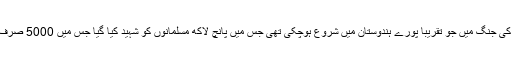
اس 18 57 کی جنگ میں جو تقریباّ پورے ہندوستان میں شروع ہوچکی تھی جس میں پانچ لاکھ مسلمانوں کو شہید کیا گیا جس میں 5000 صرف علماء تھے۔